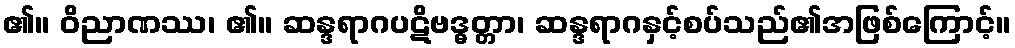
၏။ ဝိညာဏဿ၊ ၏။ ဆန္ဒရာဂပဋိဗဒ္ဓတ္တာ၊ ဆန္ဒရာဂနှင့်စပ်သည်၏အဖြစ်ကြောင့်။